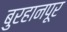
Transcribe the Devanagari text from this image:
बुरहानपूर